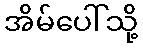
အိမ်ပေါ်သို့